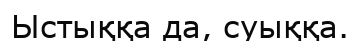
Ыстыққа да, суыққа.